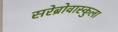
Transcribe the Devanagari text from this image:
सरेब्रोवास्कुला